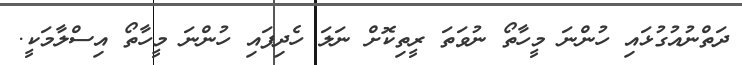
ދަތްނުއުގުޅައި ހުންނަ މީހާތޯ ނުވަތަ ރީތިކޮށް ނަލަ ހެދިފައި ހުންނަ މީހާތޯ އިސްލާމަކީ.